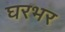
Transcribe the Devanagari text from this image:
घरभर